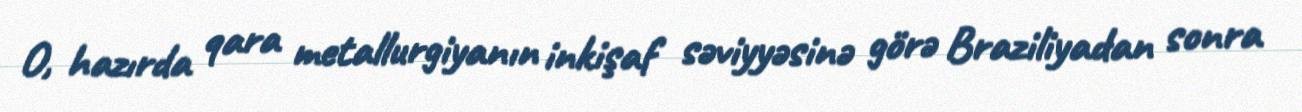
O, hazırda qara metallurgiyanın inkişaf səviyyəsinə görə Braziliyadan sonra